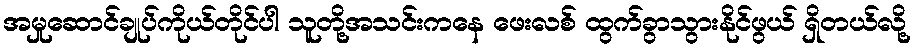
အမှုဆောင်ချုပ်ကိုယ်တိုင်ပါ သူတို့အသင်းကနေ ဖေးလစ် ထွက်ခွာသွားနိုင်ဖွယ် ရှိတယ်လို့